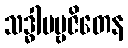
သဒ္ဓါပဗ္ဗဇိတေန